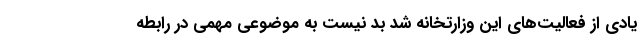
یادی از فعالیت‌های این وزارتخانه شد بد نیست به موضوعی مهمی در رابطه